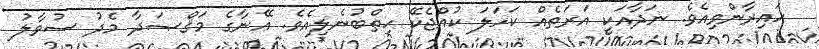
ހައިރާންވިއެވެ. ނަދާއަކީ އަރަތެއް ކަހަލަ ކުއްޖެކޭ ހިތްބުނެލިއެވެ. އޭނާގެ މަޤްޞަދާ މެދު ސުވާލު